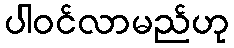
ပါဝင်လာမည်ဟု